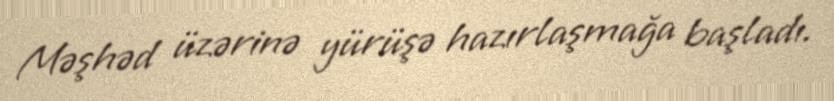
Məşhəd üzərinə yürüşə hazırlaşmağa başladı.